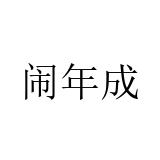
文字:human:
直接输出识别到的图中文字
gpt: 闹年成